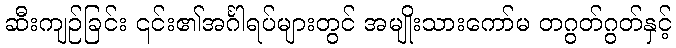
ဆီးကျဉ်ခြင်း ၎င်း၏အင်္ဂါရပ်များတွင် အမျိုးသားကော်မ တဂွတ်ဂွတ်နှင့်